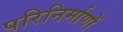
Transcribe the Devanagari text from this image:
परिनिर्माणों